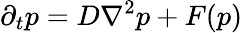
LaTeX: \partial_{t}p=D\nabla^{2}p+F(p)